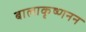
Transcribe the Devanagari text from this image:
बालाकृष्णनन